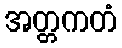
အတ္တကတံ